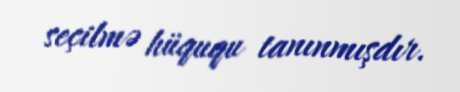
seçilmə hüququ tanınmışdır.